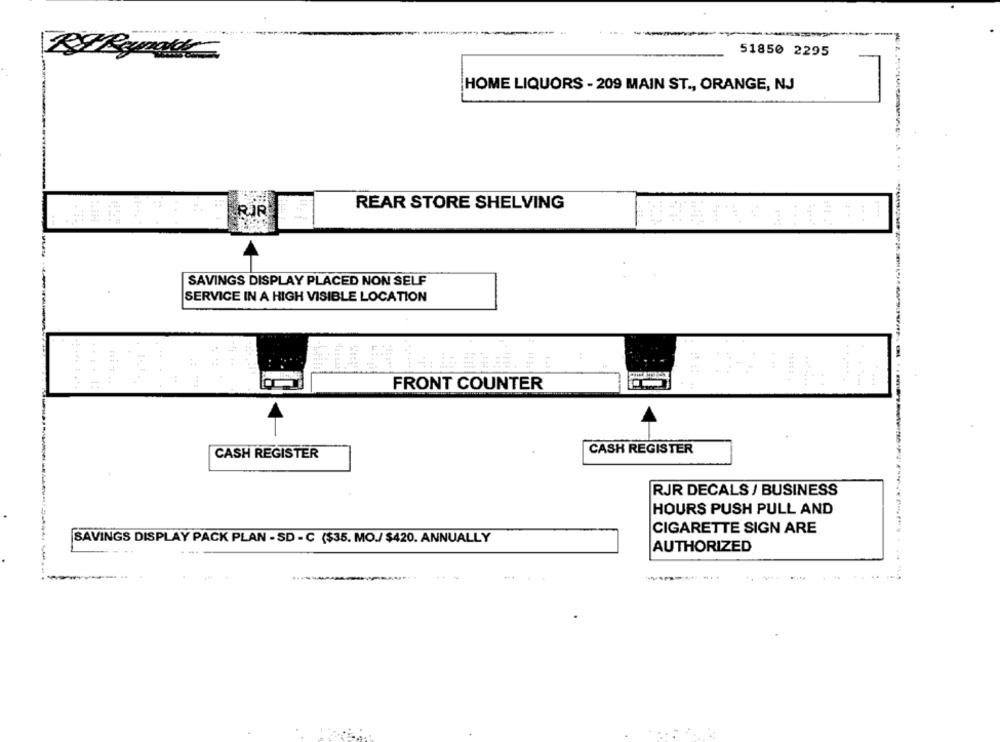
51850 2295
HOME LIQUORS - 209 MAIN ST ., ORANGE, NJ
=
REAR STORE SHELVING
RJR
SAVINGS DISPLAY PLACED NON SELF
SERVICE IN A HIGH VISIBLE LOCATION
....
.....
FRONT COUNTER
CASH REGISTER
CASH REGISTER
RJR DECALS / BUSINESS
HOURS PUSH PULL AND
CIGARETTE SIGN ARE
SAVINGS DISPLAY PACK PLAN - SD - C ($35. MO./ $420. ANNUALLY
AUTHORIZED
-...